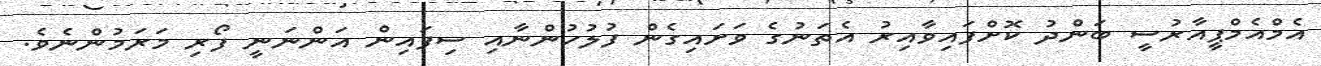
އެމްއެމްޕީއާރުސީ ބަންދު ކޮށްފައިވާއިރު އެތަނުގެ ވަށައިގެން ފުލުހުންނާއި ސިފައިން އަންނަނީ ފޯރި މަރަމުންނެވެ.